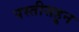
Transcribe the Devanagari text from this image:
पस्‍तीसहून